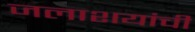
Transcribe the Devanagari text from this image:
जलाशयांची